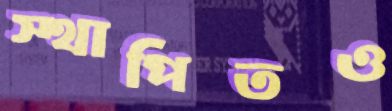
স্থাপিতও